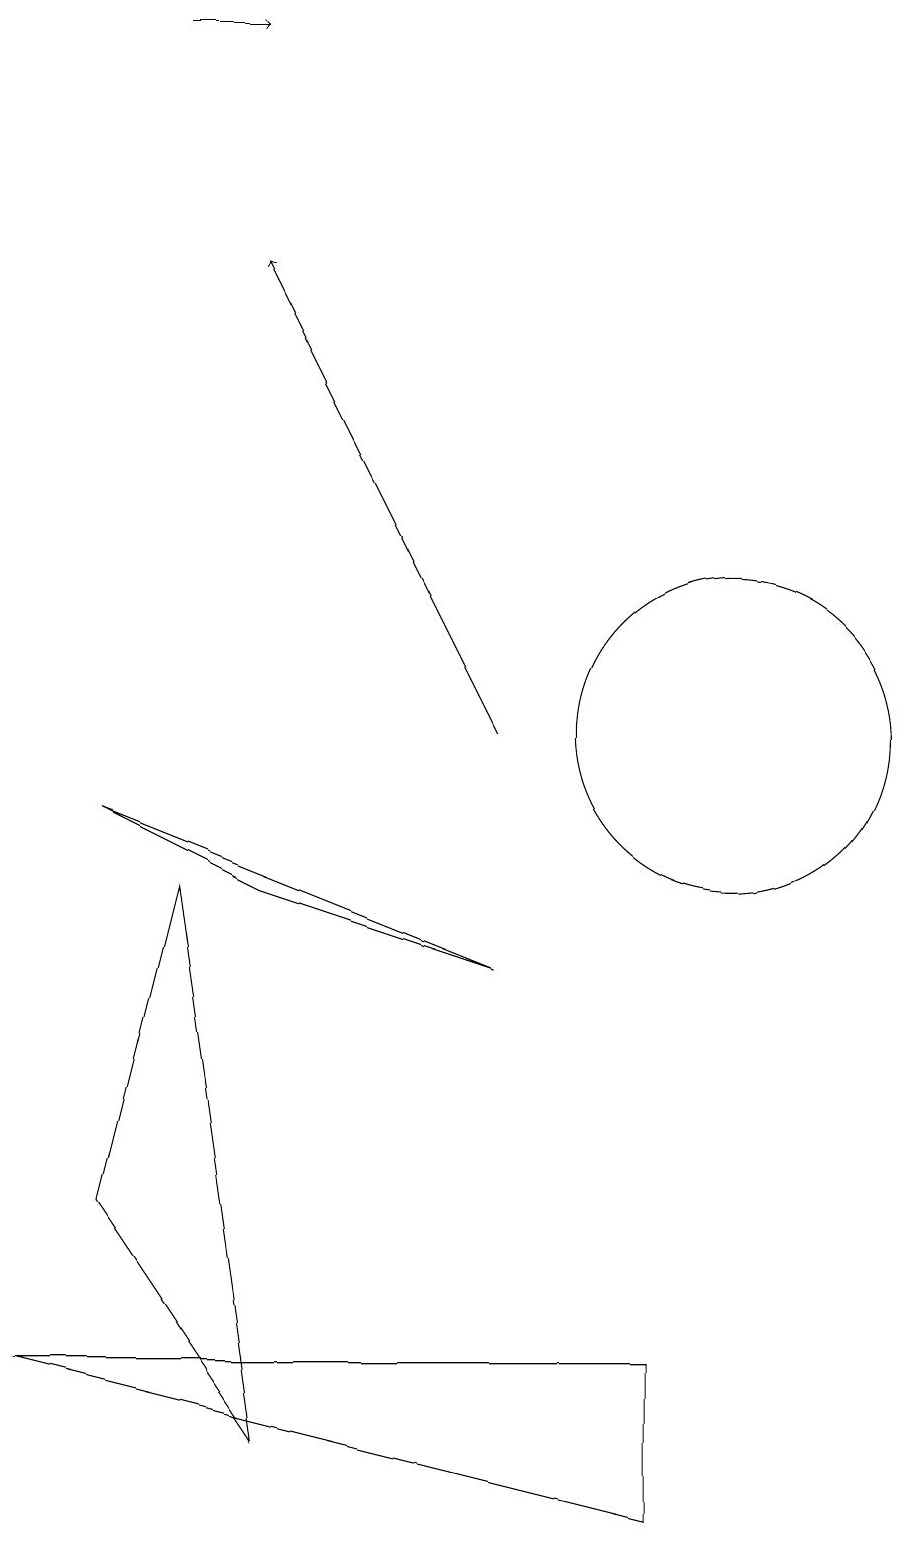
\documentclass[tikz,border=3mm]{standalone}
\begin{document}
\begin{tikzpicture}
\draw[->] (3,19) -- (4,19);
\draw (9,0) -- (9,2) -- (1,2) -- cycle;
\draw (2,9) -- (4,8) -- (7,7) -- cycle;
\draw[->] (7,10) -- (4,16);
\draw (10,10) circle (2);
\draw (2,4) -- (4,1) -- (3,8) -- cycle;
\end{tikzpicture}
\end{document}